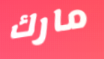
مارك